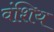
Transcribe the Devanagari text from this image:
वंशिय